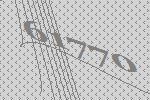
61770